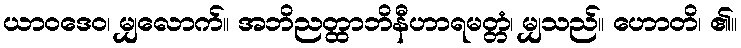
ယာဝဒေဝ၊ မျှလောက်။ အဘိညတ္ထာဘိနီဟာရမတ္တံ၊ မျှသည်။ ဟောတိ၊ ၏။